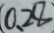
( 0 . 2 8